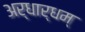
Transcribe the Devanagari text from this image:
अर्धार्धम्